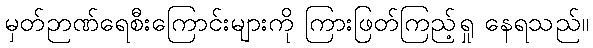
မှတ်ဉာဏ်ရေစီးကြောင်းများကို ကြားဖြတ်ကြည့်ရှု နေရသည်။